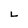
Character: L